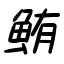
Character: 鮪